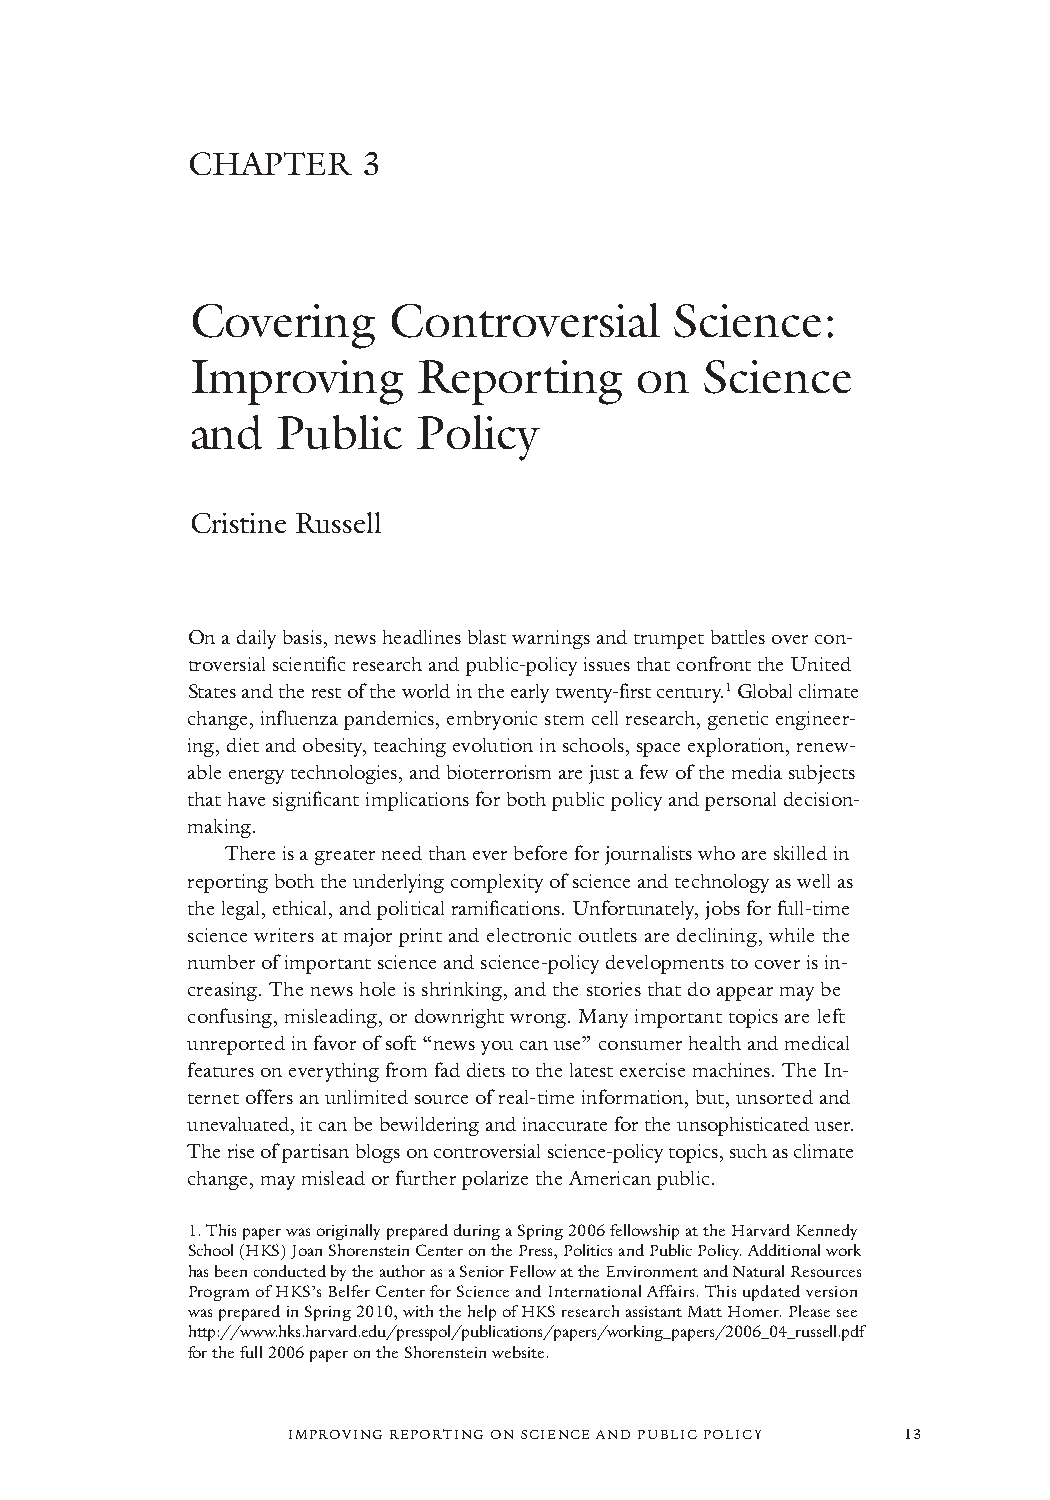
CHAPTER     3
 Covering     Controversial      Science:
 Improving      Reporting     on   Science
 and  Public    Policy
 Cristine Russell
 On a daily basis, news headlines blast warnings and trumpet battles over con-
 troversial scientific research and public-policy issues that confront the United
 States and the rest of the world in the early twenty-firstcentury.1Global climate
 change, influenza pandemics, embryonic stem cell research, genetic engineer-
 ing, diet and obesity, teaching evolution in schools, space exploration, renew-
 able energy technologies, and bioterrorism are just a few of the media subjects
 that have significant implications for both public policy and personal decision-
 making.
 There is a greater need than ever before for journalists who are skilled in
 reporting both the underlying complexity of science and technology as well as
 the legal, ethical, and political ramifications. Unfortunately, jobs for full-time
 science writers at major print and electronic outlets are declining, while the
 number of important science and science-policy developments to cover is in-
 creasing. The news hole is shrinking, and the stories that do appear may be
 confusing, misleading, or downright wrong. Many important topics are left
 unreported in favor of soft “news you can use” consumer health and medical
 features on everything from fad diets to the latest exercise machines. The In-
 ternet offers an unlimited source of real-time information, but, unsorted and
 unevaluated, it can be bewildering and inaccurate for the unsophisticated user.
 The rise of partisan blogs on controversial science-policy topics, such as climate
 change, may mislead or further polarize the American public.
 1.This paper was originally prepared during a Spring 2006 fellowship at the Harvard Kennedy
 School (HKS) Joan Shorenstein Center on the Press, Politics and Public Policy. Additional work
 has been conducted by the author as a Senior Fellow at the Environment and Natural Resources
 Program of HKS’s Belfer Center for Science and International Affairs. This updated version
 was prepared in Spring 2010, with the help of HKS research assistant Matt Homer. Please see
 http://www.hks.harvard.edu/presspol/publications/papers/working_papers/2006_04_russell.pdf
 for the full 2006 paper on the Shorenstein website.
 IMPROVING REPORTING ON SCIENCE AND PUBLIC POLICY 13